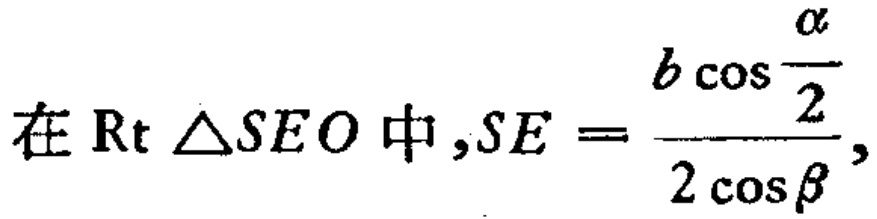
在$\text{Rt }\triangle SEO$中,$SE = \dfrac{b\cos\dfrac{\alpha}{2}}{2\cos\beta},$